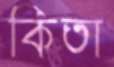
কিতা